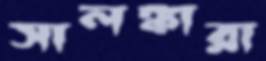
সালঙ্কারা